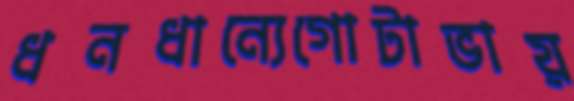
ধনধান্যেগোটাভায়